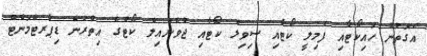
އެގޮތުން ހައިކޯޓާއި ފެމިލީ ކޯޓާއި ސިވިލް ކޯޓާއި ޖުވެނައިލް ކޯޓުގެ އިތުރުން ޑިޕާރޓްމަންޓް